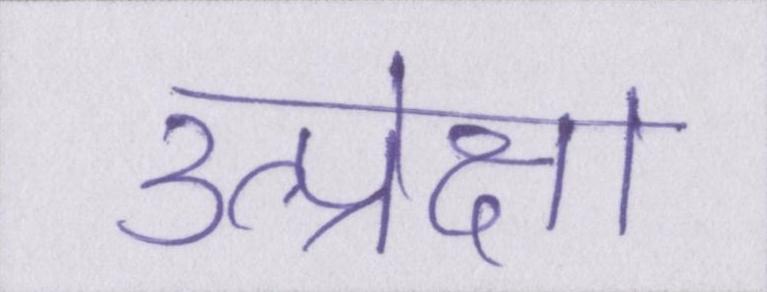
उत्प्रेक्षा